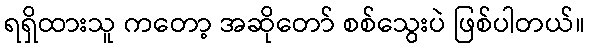
ရရှိထားသူ ကတော့ အဆိုတော် စစ်သွေးပဲ ဖြစ်ပါတယ်။